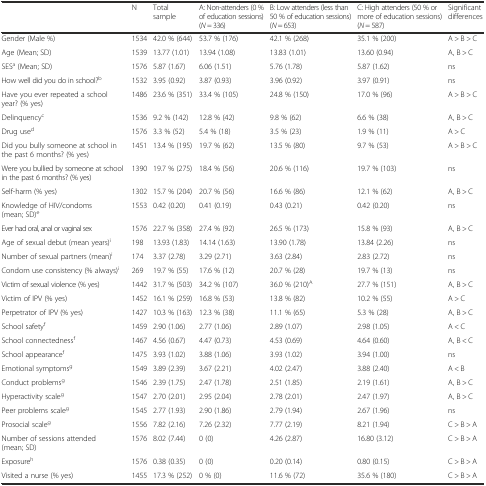
<table><thead><tr><td></td><td><b>N</b></td><td><b>Total sample</b></td><td><b>A: Non-attenders (0 % of education sessions) (<i>N</i> = 336)</b></td><td><b>B: Low attenders (less than 50 % of education sessions) (<i>N</i> = 653)</b></td><td><b>C: High attenders (50 % or more of education sessions) (<i>N</i> = 587)</b></td><td><b>Significant differences</b></td></tr></thead><tbody><tr><td>Gender (Male %)</td><td>1534</td><td>42.0 % (644)</td><td>53.7 % (176)</td><td>42.1 % (268)</td><td>35.1 % (200)</td><td>A &gt; B &gt; C</td></tr><tr><td>Age (Mean; SD)</td><td>1539</td><td>13.77 (1.01)</td><td>13.94 (1.08)</td><td>13.83 (1.01)</td><td>13.60 (0.94)</td><td>A, B &gt; C</td></tr><tr><td>SES<sup>a</sup> (Mean; SD)</td><td>1576</td><td>5.87 (1.67)</td><td>6.06 (1.51)</td><td>5.76 (1.78)</td><td>5.87 (1.62)</td><td>ns</td></tr><tr><td>How well did you do in school?<sup>b</sup></td><td>1532</td><td>3.95 (0.92)</td><td>3.87 (0.93)</td><td>3.96 (0.92)</td><td>3.97 (0.91)</td><td>ns</td></tr><tr><td>Have you ever repeated a school year? (% yes)</td><td>1486</td><td>23.6 % (351)</td><td>33.4 % (105)</td><td>24.8 % (150)</td><td>17.0 % (96)</td><td>A &gt; B &gt; C</td></tr><tr><td>Delinquency<sup>c</sup></td><td>1536</td><td>9.2 % (142)</td><td>12.8 % (42)</td><td>9.8 % (62)</td><td>6.6 % (38)</td><td>A, B &gt; C</td></tr><tr><td>Drug use<sup>d</sup></td><td>1576</td><td>3.3 % (52)</td><td>5.4 % (18)</td><td>3.5 % (23)</td><td>1.9 % (11)</td><td>A &gt; C</td></tr><tr><td>Did you bully someone at school in the past 6 months? (% yes)</td><td>1451</td><td>13.4 % (195)</td><td>19.7 % (62)</td><td>13.5 % (80)</td><td>9.7 % (53)</td><td>A &gt; B &gt; C</td></tr><tr><td>Were you bullied by someone at school in the past 6 months? (% yes)</td><td>1390</td><td>19.7 % (275)</td><td>18.4 % (56)</td><td>20.6 % (116)</td><td>19.7 % (103)</td><td>ns</td></tr><tr><td>Self-harm (% yes)</td><td>1302</td><td>15.7 % (204)</td><td>20.7 % (56)</td><td>16.6 % (86)</td><td>12.1 % (62)</td><td>A, B &gt; C</td></tr><tr><td>Knowledge of HIV/condoms (mean; SD)<sup>e</sup></td><td>1553</td><td>0.42 (0.20)</td><td>0.41 (0.19)</td><td>0.43 (0.21)</td><td>0.42 (0.20)</td><td>ns</td></tr><tr><td>Ever had oral, anal or vaginal sex</td><td>1576</td><td>22.7 % (358)</td><td>27.4 % (92)</td><td>26.5 % (173)</td><td>15.8 % (93)</td><td>A, B &gt; C</td></tr><tr><td>Age of sexual debut (mean years)<sup>i</sup></td><td>198</td><td>13.93 (1.83)</td><td>14.14 (1.63)</td><td>13.90 (1.78)</td><td>13.84 (2.26)</td><td>ns</td></tr><tr><td>Number of sexual partners (mean)<sup>i</sup></td><td>174</td><td>3.37 (2.78)</td><td>3.29 (2.71)</td><td>3.63 (2.84)</td><td>2.83 (2.72)</td><td>ns</td></tr><tr><td>Condom use consistency (% always)<sup>i</sup></td><td>269</td><td>19.7 % (55)</td><td>17.6 % (12)</td><td>20.7 % (28)</td><td>19.7 % (13)</td><td>ns</td></tr><tr><td>Victim of sexual violence (% yes)</td><td>1442</td><td>31.7 % (503)</td><td>34.2 % (107)</td><td>36.0 % (210)<sup>A</sup></td><td>27.7 % (151)</td><td>A, B &gt; C</td></tr><tr><td>Victim of IPV (% yes)</td><td>1452</td><td>16.1 % (259)</td><td>16.8 % (53)</td><td>13.8 % (82)</td><td>10.2 % (55)</td><td>A &gt; C</td></tr><tr><td>Perpetrator of IPV (% yes)</td><td>1427</td><td>10.3 % (163)</td><td>12.3 % (38)</td><td>11.1 % (65)</td><td>5.3 % (28)</td><td>A, B &gt; C</td></tr><tr><td>School safety<sup>f</sup></td><td>1459</td><td>2.90 (1.06)</td><td>2.77 (1.06)</td><td>2.89 (1.07)</td><td>2.98 (1.05)</td><td>A &lt; C</td></tr><tr><td>School connectedness<sup>f</sup></td><td>1467</td><td>4.56 (0.67)</td><td>4.47 (0.73)</td><td>4.53 (0.69)</td><td>4.64 (0.60)</td><td>A, B &lt; C</td></tr><tr><td>School appearance<sup>f</sup></td><td>1475</td><td>3.93 (1.02)</td><td>3.88 (1.06)</td><td>3.93 (1.02)</td><td>3.94 (1.00)</td><td>ns</td></tr><tr><td>Emotional symptoms<sup>g</sup></td><td>1549</td><td>3.89 (2.39)</td><td>3.67 (2.21)</td><td>4.02 (2.47)</td><td>3.88 (2.40)</td><td>A &lt; B</td></tr><tr><td>Conduct problems<sup>g</sup></td><td>1546</td><td>2.39 (1.75)</td><td>2.47 (1.78)</td><td>2.51 (1.85)</td><td>2.19 (1.61)</td><td>A, B &gt; C</td></tr><tr><td>Hyperactivity scale<sup>g</sup></td><td>1547</td><td>2.70 (2.01)</td><td>2.95 (2.04)</td><td>2.78 (2.01)</td><td>2.47 (1.97)</td><td>A, B &gt; C</td></tr><tr><td>Peer problems scale<sup>g</sup></td><td>1545</td><td>2.77 (1.93)</td><td>2.90 (1.86)</td><td>2.79 (1.94)</td><td>2.67 (1.96)</td><td>ns</td></tr><tr><td>Prosocial scale<sup>g</sup></td><td>1556</td><td>7.82 (2.16)</td><td>7.26 (2.32)</td><td>7.77 (2.19)</td><td>8.21 (1.94)</td><td>C &gt; B &gt; A</td></tr><tr><td>Number of sessions attended (mean; SD)</td><td>1576</td><td>8.02 (7.44)</td><td>0 (0)</td><td>4.26 (2.87)</td><td>16.80 (3.12)</td><td>C &gt; B &gt; A</td></tr><tr><td>Exposure<sup>h</sup></td><td>1576</td><td>0.38 (0.35)</td><td>0 (0)</td><td>0.20 (0.14)</td><td>0.80 (0.15)</td><td>C &gt; B &gt; A</td></tr><tr><td>Visited a nurse (% yes)</td><td>1455</td><td>17.3 % (252)</td><td>0 % (0)</td><td>11.6 % (72)</td><td>35.6 % (180)</td><td>C &gt; B &gt; A</td></tr></tbody></table>